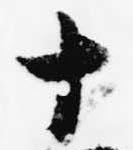
十